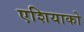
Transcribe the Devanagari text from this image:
एशियाको